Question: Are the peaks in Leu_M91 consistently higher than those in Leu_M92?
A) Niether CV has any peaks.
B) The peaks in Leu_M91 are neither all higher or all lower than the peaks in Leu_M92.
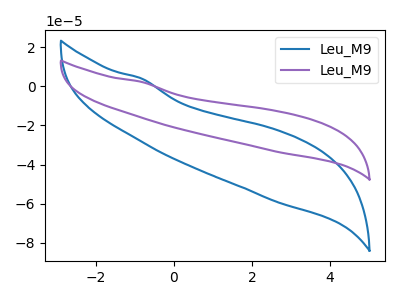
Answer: <think>The blue curve "Leu_M91" has no peaks. The purple curve "Leu_M92" has no peaks.</think>
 <answer>A) Niether CV has any peaks.</answer>
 <eval>A</eval>